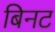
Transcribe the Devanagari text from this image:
बिनट